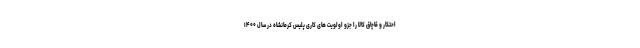
احتکار و قاچاق کالا را جزو اولویت های کاری پلیس کرمانشاه در سال ۱۴۰۰